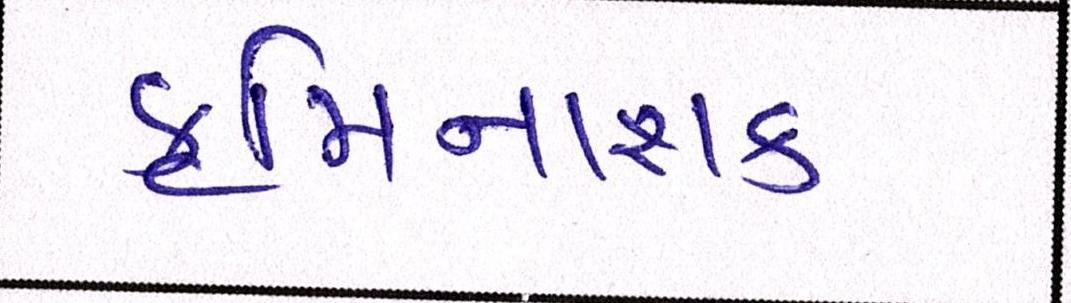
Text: કૃમિનાશક